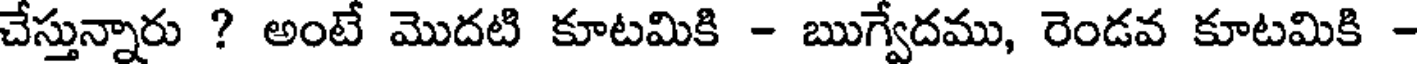
చేస్తున్నారు ? అంటే మొదటి కూటమికి - ఋగ్వేదము, రెండవ కూటమికి -